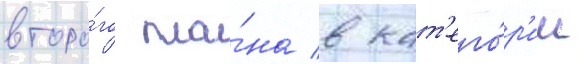
второ́го пла́на в кат'его́р'ии